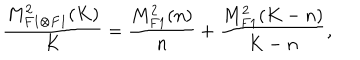
LaTeX: \frac { M _ { F 1 \otimes F 1 } ^ { 2 } ( K ) } { K } = \frac { M _ { F 1 } ^ { 2 } ( n ) } { n } + \frac { M _ { F 1 } ^ { 2 } ( K - n ) } { K - n } ,